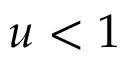
u < 1